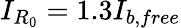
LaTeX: I_{R_{0}}=1.3I_{b,free}